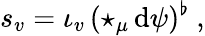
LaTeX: s_{v}=\iota_{v}\, (\star_{\mu}\, \mathrm{d}\psi)^{\flat}\ ,